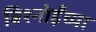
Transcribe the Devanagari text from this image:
बिश्‍नोईंच्या